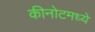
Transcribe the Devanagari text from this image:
कीनोटमध्ये